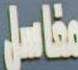
مفاصل